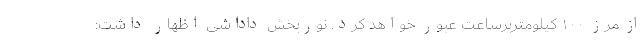
از مرز ۱۰۰ کیلومتربرساعت عبور خواهد کرد. نوربخش داداشی اظهار داشت: